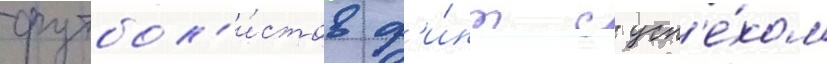
футбол'и́стов ф'и́нт с усп'е́хом